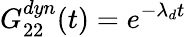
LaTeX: G_{22}^{dyn}(t)=e^{-\lambda_{d}t}